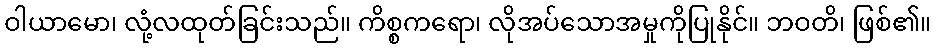
ဝါယာမော၊ လုံ့လထုတ်ခြင်းသည်။ ကိစ္စကရော၊ လိုအပ်သောအမှုကိုပြုနိုင်။ ဘဝတိ၊ ဖြစ်၏။